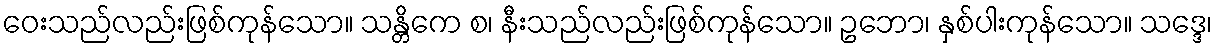
ဝေးသည်လည်းဖြစ်ကုန်သော။ သန္တိကေ စ၊ နီးသည်လည်းဖြစ်ကုန်သော။ ဥဘော၊ နှစ်ပါးကုန်သော။ သဒ္ဒေ၊